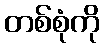
တစ်စုံကို